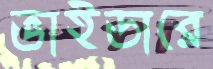
ভাইডারে